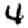
Digit: 4